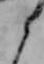
ら